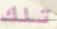
تلك